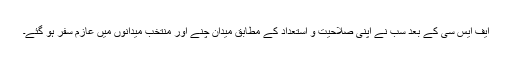
ایف ایس سی کے بعد سب نے اپنی صلاحیت و استعداد کے مطابق میدان چنے اور منتخب میدانوں میں عازم سفر ہو گئے۔